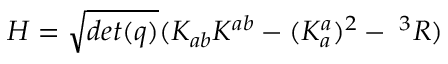
H = { \sqrt { d e t ( q ) } } ( K _ { a b } K ^ { a b } - ( K _ { a } ^ { a } ) ^ { 2 } - \; ^ { 3 } R )